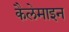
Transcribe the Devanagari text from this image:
कैलेमाइन